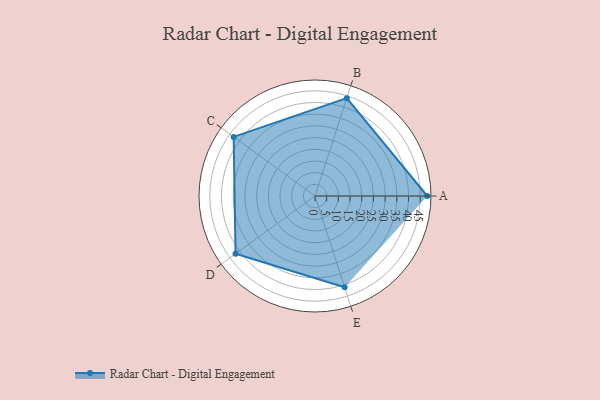
{"axis": {"x": "Skill", "y": "Score"}, "legend": ["Profile"], "data": [{"x": "A", "y": 48.0, "type": "Profile"}, {"x": "B", "y": 44.0, "type": "Profile"}, {"x": "C", "y": 43.0, "type": "Profile"}, {"x": "D", "y": 42.0, "type": "Profile"}, {"x": "E", "y": 41.0, "type": "Profile"}]}